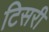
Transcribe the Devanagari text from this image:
टिसरी